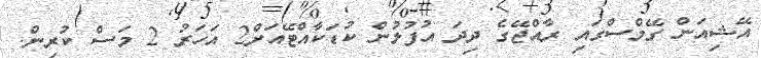
އޭޝިއަން ގޭމްސްގައި ރާއްޖޭގެ ދިދަ އުފުލުން ކުޑަކާއްޓޭއަށް2 އަހަރު 2 މަސް ކުރިން.